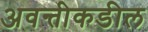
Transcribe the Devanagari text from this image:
अवन्तीकडील